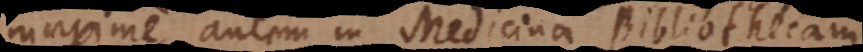
maxime autem in Medicina Bibliothecam